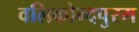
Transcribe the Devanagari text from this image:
वलिकोन्दपुरम